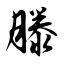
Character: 滕